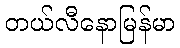
တယ်လီနောမြန်မာ